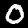
Digit: 0